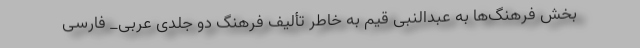
بخش فرهنگ‌ها به عبدالنبی قیم به خاطر تألیف فرهنگ دو جلدی عربی_ فارسی